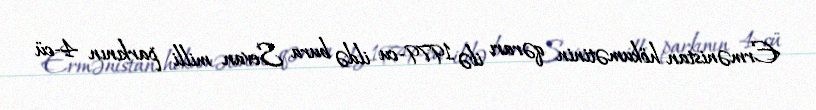
Ermənistan hökumətinin qərarı ilə 1979-cu ildə bura Sevan milli parkının 4-cü